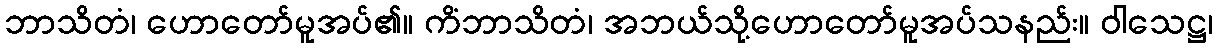
ဘာသိတံ၊ ဟောတော်မူအပ်၏။ ကိံဘာသိတံ၊ အဘယ်သို့ဟောတော်မူအပ်သနည်း။ ဝါသေဋ္ဌ၊